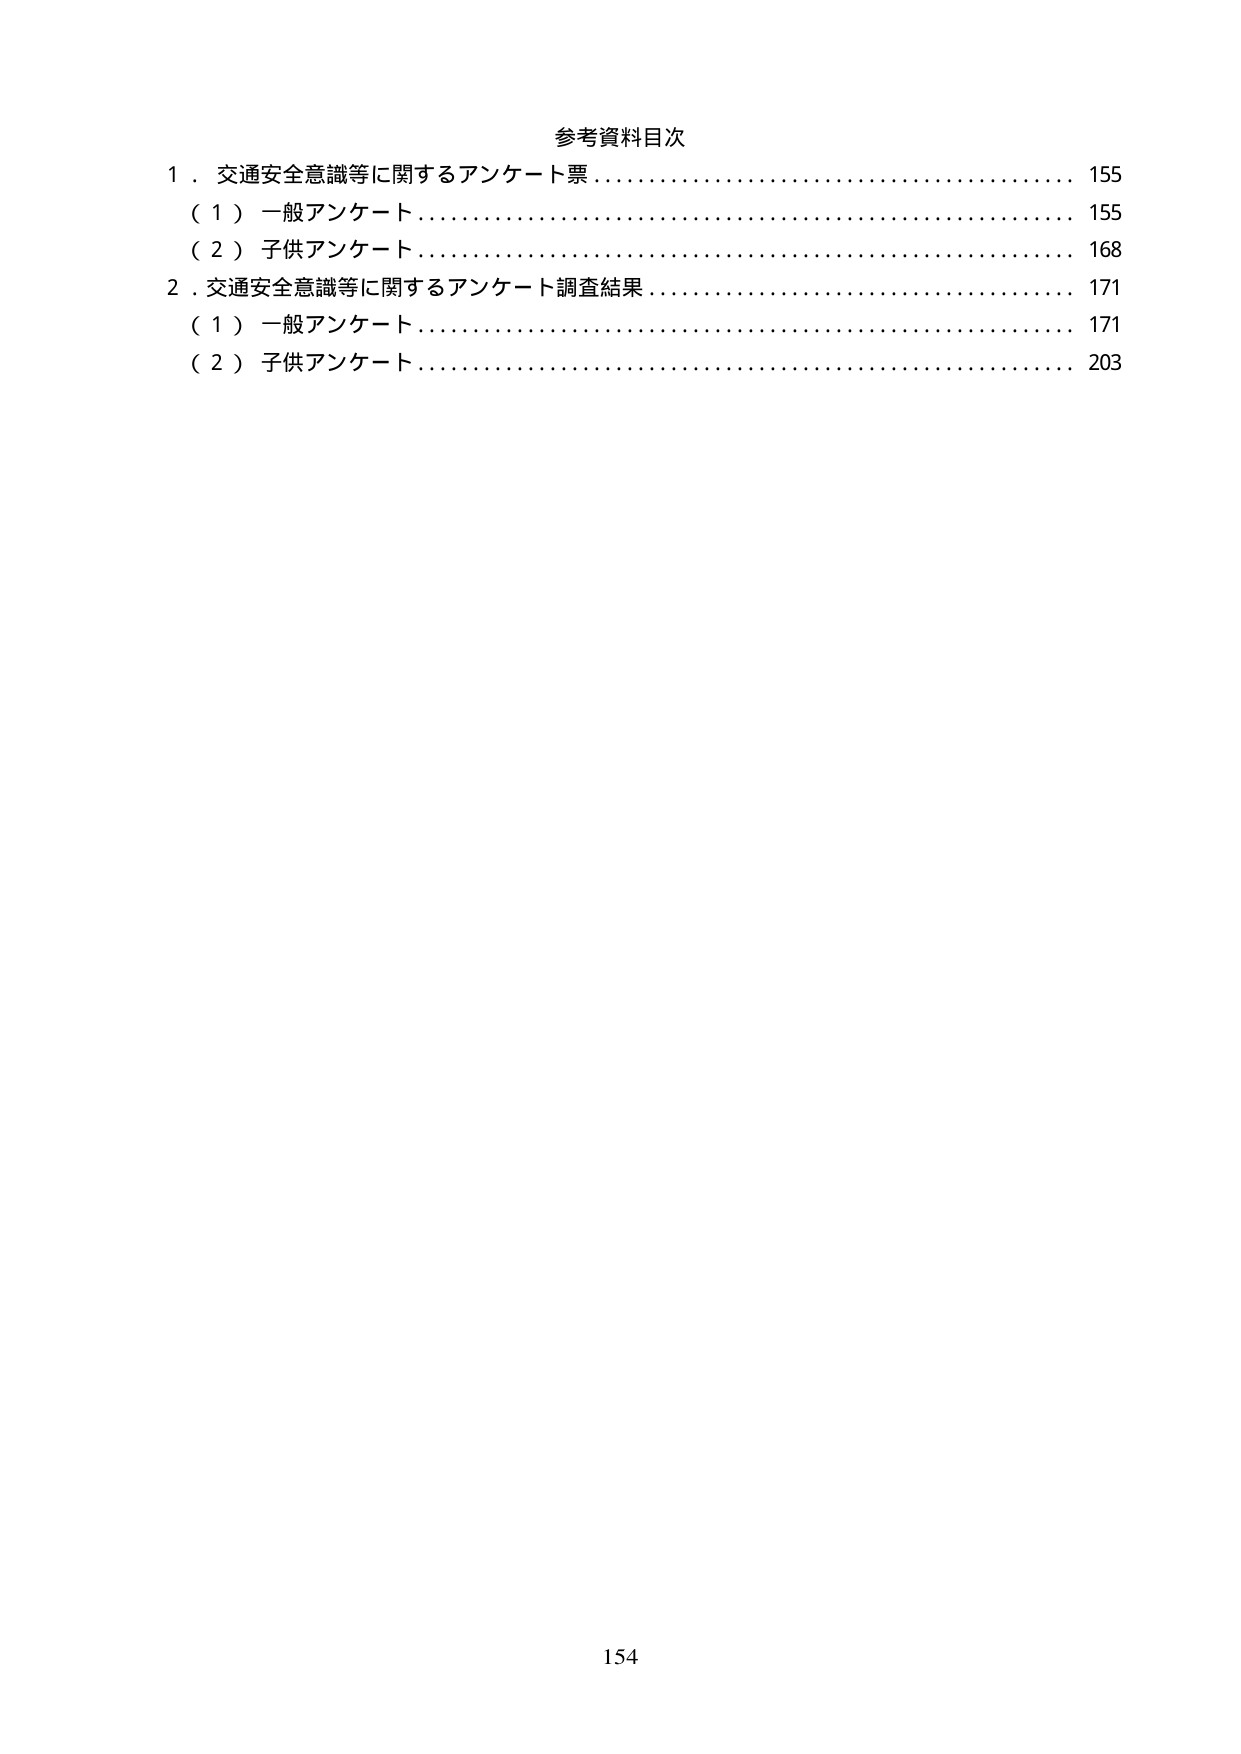
参考資料目次
1．交通安全意識等に関するアンケート票……………………………………… 155
（1）一般アンケート…………………………………………………………… 155
（2）子供アンケート…………………………………………………………… 168
2．交通安全意識等に関するアンケート調査結果……………………………… 171
（1）一般アンケート…………………………………………………………… 171
（2）子供アンケート…………………………………………………………… 203
154